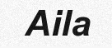
Aila